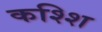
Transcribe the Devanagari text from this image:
कश्शि